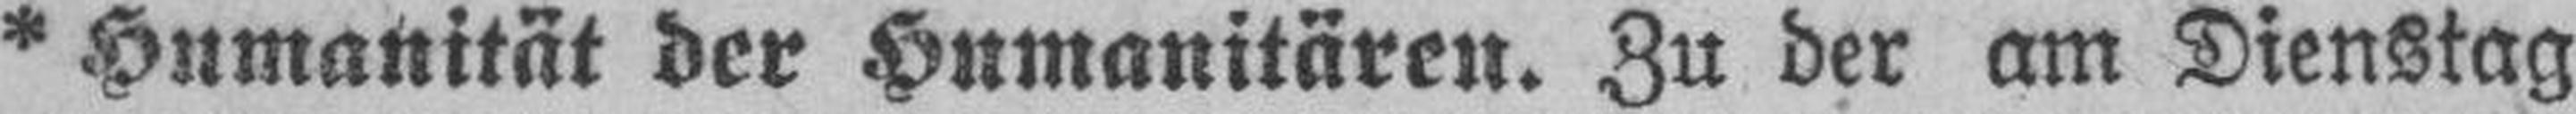
* Humanität der Humanitären. Zu der am Dienstag